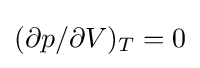
(\partial p/\partial V)_{T}=0